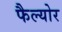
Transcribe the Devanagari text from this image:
फैल्योर